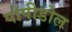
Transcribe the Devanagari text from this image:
पोपीडोल